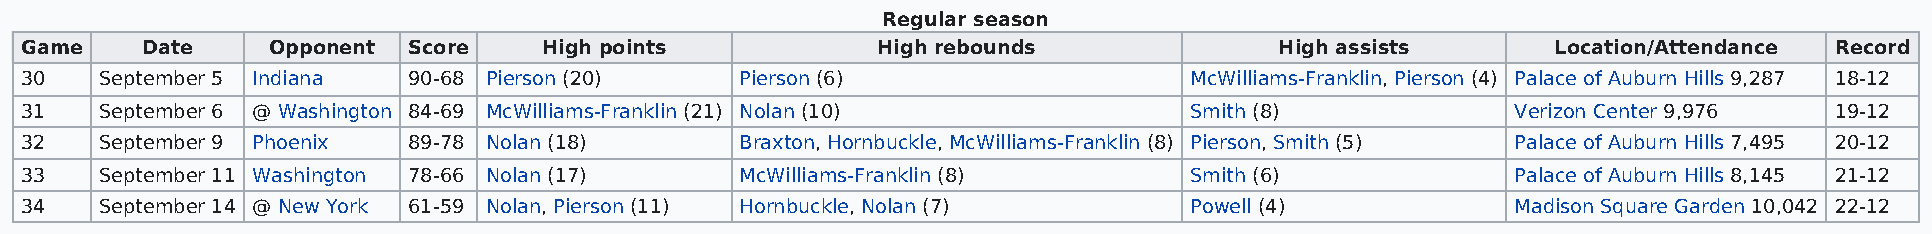
Regular season
 Game    Date     Opponent Score    High points           High rebounds              High assists      Location/Attendance Record
 30    September 5 Indiana 90-68 Pierson (20)    Pierson (6)                   McWilliams-Franklin, Pierson (4) Palace of Auburn Hills 9,287 18-12
 31    September 6 @ Washington 84-69 McWilliams-Franklin (21) Nolan (10)      Smith (8)            Verizon Center 9,976 19-12
 32    September 9 Phoenix 89-78 Nolan (18)      Braxton, Hornbuckle, McWilliams-Franklin (8) Pierson, Smith (5) Palace of Auburn Hills 7,495 20-12
 33    September 11 Washington 78-66 Nolan (17)  McWilliams-Franklin (8)       Smith (6)            Palace of Auburn Hills 8,145 21-12
 34    September 14 @ New York 61-59 Nolan, Pierson (11) Hornbuckle, Nolan (7) Powell (4)           Madison Square Garden 10,042 22-12